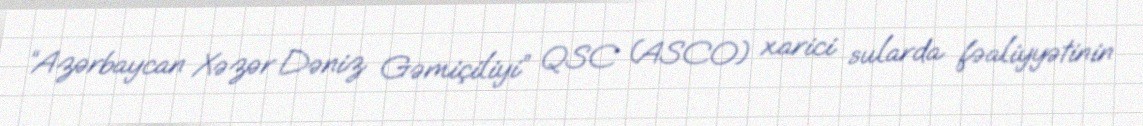
“Azərbaycan Xəzər Dəniz Gəmiçiliyi” QSC (ASCO) xarici sularda fəaliyyətinin